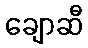
ချောဆီ